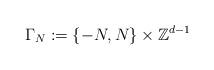
LaTeX: \begin{align*}\Gamma_N:=\{-N,N\}\times \mathbb Z^{d-1} \end{align*}